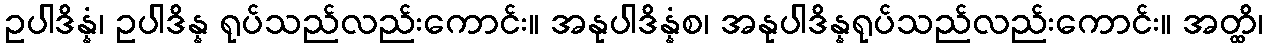
ဥပါဒိန္နံ၊ ဥပါဒိန္န ရုပ်သည်လည်းကောင်း။ အနုပါဒိန္နံစ၊ အနုပါဒိန္နရုပ်သည်လည်းကောင်း။ အတ္ထိ၊